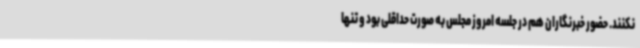
نکنند. حضور خبرنگاران هم در جلسه امروز مجلس به صورت حداقلی بود و تنها